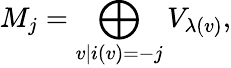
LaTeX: M_{j}=\bigoplus_{v|i(v)=-j}V_{\lambda(v)},